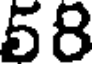
58